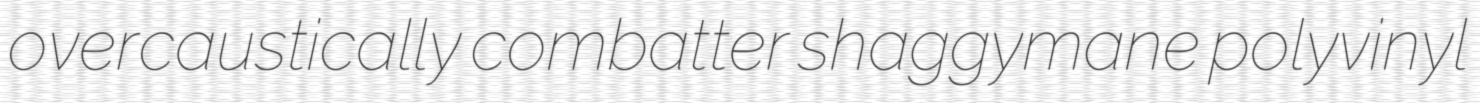
overcaustically combatter shaggymane polyvinyl